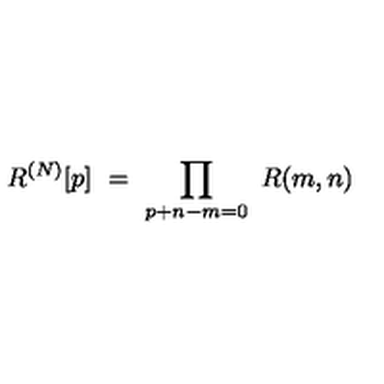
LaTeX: R ^ { ( N ) } [ p ] \ = \ \prod _ { p + n - m = 0 } \ R ( m , n )